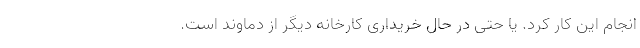
انجام این کار کرد. یا حتی در حال خریداری کارخانه‌ دیگر از دماوند است.